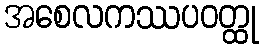
အစေလကဿပဝတ္ထု